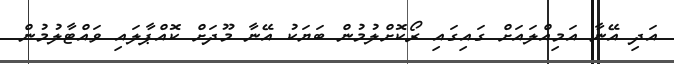
އަދި އޭނާ އަމިއްލައަށް ގައިގައި ރޯކޮށްލުމުން ބަޔަކު އޭނާ މޫދަށް ކޮއްޕާލައި ވައްޓާލުމުން